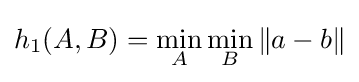
h_{1}(A,B)=\min _{A}\min _{B}\|a-b\|